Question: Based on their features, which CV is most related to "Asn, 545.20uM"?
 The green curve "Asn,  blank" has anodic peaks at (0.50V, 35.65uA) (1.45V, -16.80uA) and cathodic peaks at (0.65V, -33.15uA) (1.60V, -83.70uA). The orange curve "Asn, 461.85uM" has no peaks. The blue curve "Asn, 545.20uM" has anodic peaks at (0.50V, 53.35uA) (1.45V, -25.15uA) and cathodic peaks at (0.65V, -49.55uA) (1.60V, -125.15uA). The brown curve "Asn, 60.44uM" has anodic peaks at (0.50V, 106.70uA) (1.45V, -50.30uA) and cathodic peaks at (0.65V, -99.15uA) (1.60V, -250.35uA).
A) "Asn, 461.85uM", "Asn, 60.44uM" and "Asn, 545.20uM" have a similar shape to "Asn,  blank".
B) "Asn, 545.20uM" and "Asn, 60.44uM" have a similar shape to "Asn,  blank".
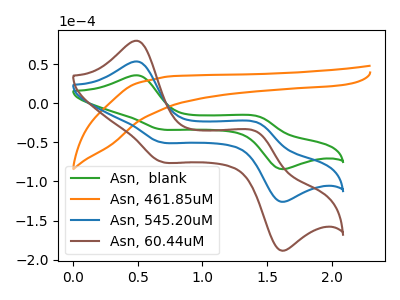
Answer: <think>"Asn,  blank" and "Asn, 461.85uM" have a different number of peaks. All the peaks in "Asn,  blank" have a peak in "Asn, 545.20uM" at the same potential. All the peaks in "Asn,  blank" have a peak in "Asn, 60.44uM" at the same potential. "Asn, 461.85uM" and "Asn, 545.20uM" have a different number of peaks. "Asn, 461.85uM" and "Asn, 60.44uM" have a different number of peaks. All the peaks in "Asn, 545.20uM" have a peak in "Asn, 60.44uM" at the same potential.
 </think>
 <answer>B) "Asn, 545.20uM" and "Asn, 60.44uM" have a similar shape to "Asn,  blank".</answer>
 <eval>B</eval>